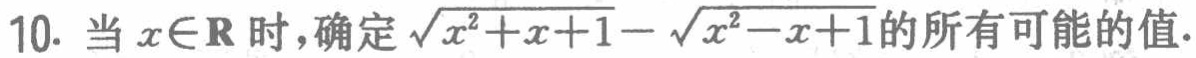
10. 当 \(x\in\mathbf{R}\) 时，确定 \(\sqrt{x^{2}+x + 1}-\sqrt{x^{2}-x + 1}\) 的所有可能的值.